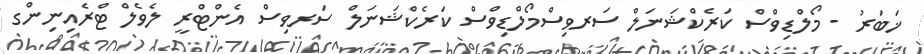
ޚަބަރު - މޯލްޑިވްސް ކަރެކްޝަނަލް ސަރވިސްމޯލްޑިވްސް ކަރެކްޝަނަލް ސަރވިސް އެންޓްރީ ލެވެލް ޓްރެއިނިންގ